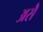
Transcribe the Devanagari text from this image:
असॆे